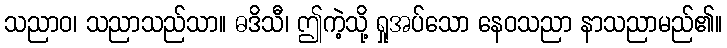
သညာဝ၊ သညာသည်သာ။ ဓဒိသီ၊ ဤကဲ့သို့ ရှုအပ်သော နေဝသညာ နာသညာမည်၏။